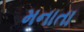
મનાતા